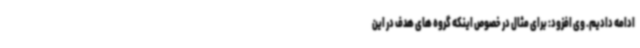
ادامه دادیم. وی افزود: برای مثال در خصوص اینکه گروه های هدف در این